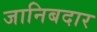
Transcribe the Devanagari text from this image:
जानिबदार